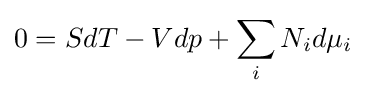
0=SdT-Vdp+\sum _{i}N_{i}d\mu _{i}